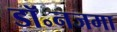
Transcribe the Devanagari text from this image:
डॉ॰नजमा